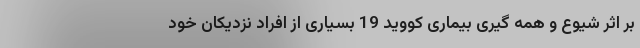
بر اثر شیوع و همه گیری بیماری کووید 19 بسیاری از افراد نزدیکان خود